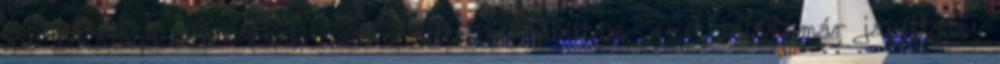
az árkategóriában csak szétrohadtakat találtam, amit talán már javíttatni